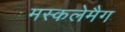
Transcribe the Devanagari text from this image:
मस्कलेमैग